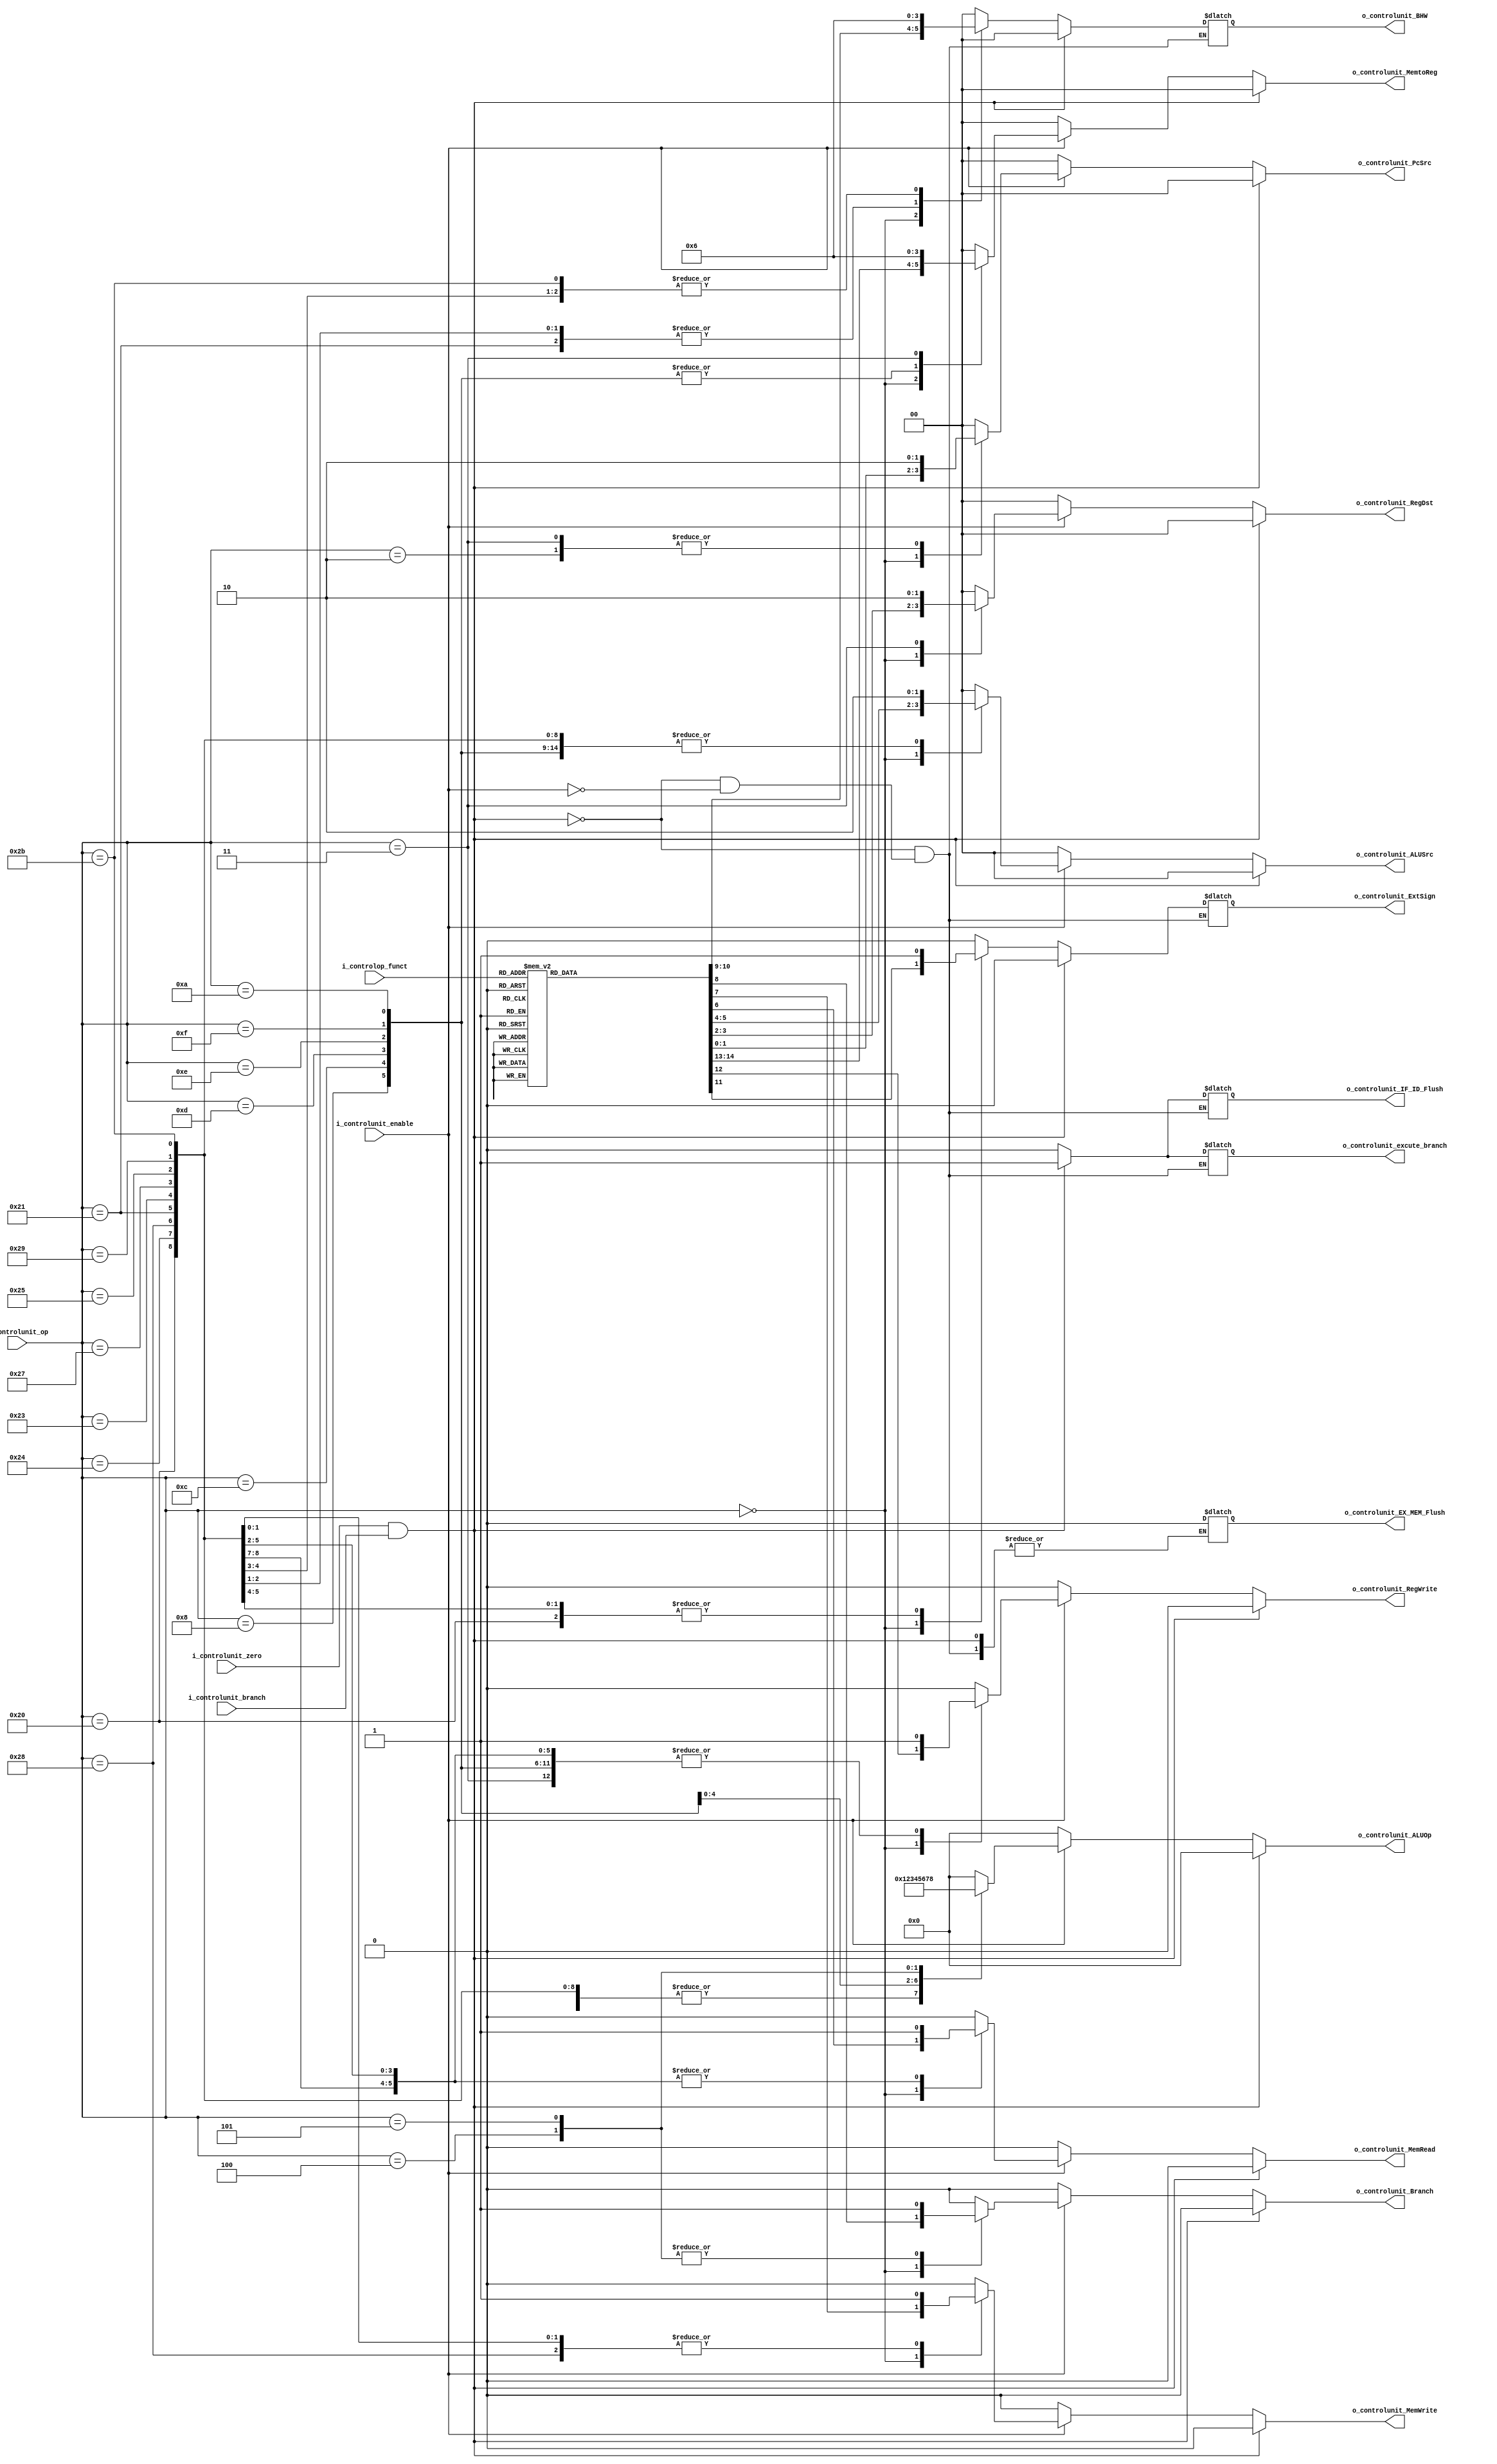
`timescale 1ns / 1ps

module Unidad_control #(

    parameter   NB_OP    =   6,
    parameter   NB_FUNCTION  =   6,
    parameter   NB_ALUOP     =   4,

    //ALUOp para los diferentes tipos de instrucciones
    parameter   R_TYPE_ALUOP          =   4'b0000,
    parameter   LOAD_STORE_ADDI_ALUOP =   4'b0001,
    parameter   ANDI_ALUOP            =   4'b0010,
    parameter   ORI_ALUOP             =   4'b0011,
    parameter   XORI_ALUOP            =   4'b0100,
    parameter   LUI_ALUOP             =   4'b0101,
    parameter   SLTI_ALUOP            =   4'b0110,
    parameter   BEQ_ALUOP             =   4'b0111,
    parameter   BNE_ALUOP             =   4'b1000,

    //OPcodes de las instrucciones
    parameter   R_TYPE_OPCODE    =   6'b000000,
    parameter   LB_OPCODE        =   6'b100000,
    parameter   LH_OPCODE        =   6'b100001,
    parameter   LW_OPCODE        =   6'b100011,
    parameter   LWU_OPCODE       =   6'b100111,
    parameter   LBU_OPCODE       =   6'b100100,
    parameter   LHU_OPCODE       =   6'b100101,
    parameter   SB_OPCODE        =   6'b101000,
    parameter   SH_OPCODE        =   6'b101001,
    parameter   SW_OPCODE        =   6'b101011,
    parameter   ADDI_OPCODE      =   6'b001000,
    parameter   ANDI_OPCODE      =   6'b001100,   
    parameter   ORI_OPCODE       =   6'b001101,    
    parameter   XORI_OPCODE      =   6'b001110,    
    parameter   LUI_OPCODE       =   6'b001111,   
    parameter   SLTI_OPCODE      =   6'b001010,    
    parameter   BEQ_OPCODE       =   6'b000100,        
    parameter   BNE_OPCODE       =   6'b000101,
    parameter   J_OPCODE         =   6'b000010,  
    parameter   JAL_OPCODE       =   6'b000011,   

    //Campo funct de las isntrucciones tipo R
    parameter   SLL_FUNC =  6'b000000,
    parameter   SRL_FUNC =  6'b000010,
    parameter   SRA_FUNC =  6'b000011,
    parameter   ADDU_FUNC =  6'b100001,
    parameter   SUBU_FUNC =  6'b100011,
    parameter   AND_FUNC =  6'b100100,
    parameter   OR_FUNC  =  6'b100101,
    parameter   XOR_FUNC =  6'b100110,
    parameter   NOR_FUNC =  6'b100111,
    parameter   SLT_FUNC =  6'b101010,
    parameter   SLLV_FUNC = 6'b000100,
    parameter   SRLV_FUNC = 6'b000110,
    parameter   SRAV_FUNC = 6'b000111,
    parameter   JALR_FUNC = 6'b001001,
    parameter   JR_FUNC   = 6'b001000
) (
    
    input                   i_controlunit_enable,
    input                   i_controlunit_zero, i_controlunit_branch, // Seales desde EX/MEM, si salida de la alu fie 0 y si era una instruccion de branch
    input [NB_OP-1:0]       i_controlunit_op,
    input [NB_FUNCTION-1:0]  i_controlop_funct,
   
    //Seales de control para las diferentes etapas
    //IF
    output reg [1:0]            o_controlunit_PcSrc,    //especifica que entrada del mux sera el nuevo PC
    //EX
    output reg [1:0]            o_controlunit_RegDst,   //especifica cual es el indentificador del registro destino (00->rt,01->rd,10->GPR31)
    output reg [1:0]            o_controlunit_ALUSrc,   //ALUSrc[0] especifica cual es el primer operando de la ALU (0->rs, 1->rt)
                                                    //ALUSrc[1]especifica cual es el segundo operando de la ALU (0->rt, 1->campo inmediato (offset))
    output reg [NB_ALUOP-1:0]   o_controlunit_ALUOp,    
    //MEM
    output reg                 o_controlunit_MemRead,  //habilita la lectura de memoria
    output reg                 o_controlunit_MemWrite, //habilita la escritura de memoria
    output reg                 o_controlunit_Branch,   //especifica si la instruccion es un branch o no
    output reg [1:0]           o_controlunit_BHW,              //Seal de control que indica el tamao del direccioonamiento (00->byte, 01->halfword, 10->word) 
    output reg                 o_controlunit_ExtSign,          //Seal de control que indica si extender el signo del dato leido o no
    //WB
    output reg                 o_controlunit_RegWrite, //habilita o no la escritura en el banco de registros
    output reg [1:0]            o_controlunit_MemtoReg, //especifica cual es la fuente al escribir en registros (00->ALU,01->memoria,10->ret addr)

    //Seales de Flush para los regsitros de segmentacion en caso de branch
    output  reg             o_controlunit_IF_ID_Flush,
    output  reg             o_controlunit_EX_MEM_Flush,
    output  reg             o_controlunit_excute_branch
    
);

//Seal que indica que se debe ejecutar un branch, salida de la alu en 0 y la instruccion era un branch
wire control_unit_ID_Flush = i_controlunit_zero & i_controlunit_branch;

//Generacion de las seales de control
always@(*)
begin
    //Si se ejecuto un branch, flush sobre las seales de IF/ID, ID,EX y EX/MEM y ejecuta el salto
    if(control_unit_ID_Flush)
    begin
        o_controlunit_IF_ID_Flush = 1'b1;
        //o_controlunit_EX_MEM_Flush = 1'b1;    //Evita la ejecucion de la instruccion Branch+4

        o_controlunit_PcSrc = 2'b00;           
        o_controlunit_excute_branch = 1'b1;     //IF (PC <= PC + offset + 1) (segunda entrada del mux)
        
        //equivale a ID_EX flush
        o_controlunit_RegDst = 2'b00;
        o_controlunit_ALUSrc = 2'b00; 
        o_controlunit_ALUOp = R_TYPE_ALUOP; 

        o_controlunit_MemRead =  1'b0;
        o_controlunit_MemWrite =  1'b0;
        o_controlunit_Branch =   1'b0;
        o_controlunit_BHW = 2'b00;
        o_controlunit_ExtSign = 1'b0;
        
        o_controlunit_RegWrite =  1'b0;
        o_controlunit_MemtoReg =  2'b00;

    end
 
    else if(i_controlunit_enable)
    begin

        o_controlunit_IF_ID_Flush = 1'b0;
        o_controlunit_EX_MEM_Flush = 1'b0;
        o_controlunit_excute_branch = 1'b0;

        case(i_controlunit_op)
            R_TYPE_OPCODE:
            begin        
                o_controlunit_ALUOp = R_TYPE_ALUOP; 
                
                case(i_controlop_funct)
                    SLL_FUNC, SRL_FUNC, SRA_FUNC:
                    begin
                        o_controlunit_PcSrc = 2'b00;           
                
                        o_controlunit_RegDst = 2'b01;
                        o_controlunit_ALUSrc = 2'b11; 

                        o_controlunit_MemRead =  1'b0;
                        o_controlunit_MemWrite =  1'b0;
                        o_controlunit_Branch =   1'b0;
                        o_controlunit_BHW = 2'b00;  //no se usa
                        o_controlunit_ExtSign = 1'b0;//no se usa
                        
                        o_controlunit_RegWrite =  1'b1;
                        o_controlunit_MemtoReg =  2'b01; 
                    end
                    SLLV_FUNC, SRLV_FUNC, SRAV_FUNC, ADDU_FUNC, SUBU_FUNC, AND_FUNC, OR_FUNC, XOR_FUNC, NOR_FUNC, SLT_FUNC:
                    begin
                        o_controlunit_PcSrc = 2'b00;           
                
                        o_controlunit_RegDst = 2'b01;
                        o_controlunit_ALUSrc = 2'b00; 

                        o_controlunit_MemRead =  1'b0;
                        o_controlunit_MemWrite =  1'b0;
                        o_controlunit_Branch =   1'b0;
                        o_controlunit_BHW = 2'b00;//no se usa
                        o_controlunit_ExtSign = 1'b0;//no se usa
                        
                        o_controlunit_RegWrite =  1'b1;
                        o_controlunit_MemtoReg =  2'b01;                         
                    end
                    JR_FUNC:
                    begin
                        o_controlunit_PcSrc = 2'b11;           
                
                        o_controlunit_RegDst = 2'b00; //no se usa
                        o_controlunit_ALUSrc = 2'b00;  //no se usa

                        o_controlunit_MemRead =  1'b0;
                        o_controlunit_MemWrite =  1'b0;
                        o_controlunit_Branch =   1'b0;
                        o_controlunit_BHW = 2'b00;//no se usa
                        o_controlunit_ExtSign = 1'b0;//no se usa
                        
                        o_controlunit_RegWrite =  1'b0;
                        o_controlunit_MemtoReg =  2'b00; //no se usa
                    end
                    JALR_FUNC:
                    begin
                        o_controlunit_PcSrc = 2'b11;           
                
                        o_controlunit_RegDst = 2'b01; 
                        o_controlunit_ALUSrc = 2'b00;  //no se usa

                        o_controlunit_MemRead =  1'b0;
                        o_controlunit_MemWrite =  1'b0;
                        o_controlunit_Branch =   1'b0;
                        o_controlunit_BHW = 2'b00;//no se usa
                        o_controlunit_ExtSign = 1'b0;//no se usa
                        
                        o_controlunit_RegWrite =  1'b1;
                        o_controlunit_MemtoReg =  2'b10; 
                    end
                    default:
                    begin
                        o_controlunit_PcSrc = 2'b00;           
                
                        o_controlunit_RegDst = 2'b00; 
                        o_controlunit_ALUSrc = 2'b00;

                        o_controlunit_MemRead =  1'b0;
                        o_controlunit_MemWrite =  1'b0;
                        o_controlunit_Branch =   1'b0;
                        o_controlunit_BHW = 2'b00;
                        o_controlunit_ExtSign = 1'b0;
                        
                        o_controlunit_RegWrite =  1'b0;
                        o_controlunit_MemtoReg =  2'b00;   
                    end
                endcase
            end
            //TIPO I
            LB_OPCODE:
            begin
                o_controlunit_PcSrc = 2'b00;           
                
                o_controlunit_RegDst = 2'b00;
                o_controlunit_ALUSrc = 2'b10; 
                o_controlunit_ALUOp = LOAD_STORE_ADDI_ALUOP; 

                o_controlunit_MemRead =  1'b1;
                o_controlunit_MemWrite =  1'b0;
                o_controlunit_Branch =   1'b0;
                o_controlunit_BHW = 2'b00;
                o_controlunit_ExtSign = 1'b1;
                
                o_controlunit_RegWrite =  1'b1;
                o_controlunit_MemtoReg =  2'b00;
            end
            LH_OPCODE:
            begin
                o_controlunit_PcSrc = 2'b00;           
                
                o_controlunit_RegDst = 2'b00;
                o_controlunit_ALUSrc = 2'b10; 
                o_controlunit_ALUOp = LOAD_STORE_ADDI_ALUOP; 

                o_controlunit_MemRead =  1'b1;
                o_controlunit_MemWrite =  1'b0;
                o_controlunit_Branch =   1'b0;
                o_controlunit_BHW = 2'b01;
                o_controlunit_ExtSign = 1'b1;
                
                o_controlunit_RegWrite =  1'b1;
                o_controlunit_MemtoReg =  2'b00;
            end 
            LW_OPCODE:
            begin
                o_controlunit_PcSrc = 2'b00;           
                
                o_controlunit_RegDst = 2'b00;
                o_controlunit_ALUSrc = 2'b10; 
                o_controlunit_ALUOp = LOAD_STORE_ADDI_ALUOP; 

                o_controlunit_MemRead =  1'b1;
                o_controlunit_MemWrite =  1'b0;
                o_controlunit_Branch =   1'b0;
                o_controlunit_BHW = 2'b10;
                o_controlunit_ExtSign = 1'b1;
                
                o_controlunit_RegWrite =  1'b1;
                o_controlunit_MemtoReg =  2'b00;
            end 
            LWU_OPCODE:
            begin
                o_controlunit_PcSrc = 2'b00;           
                
                o_controlunit_RegDst = 2'b00;
                o_controlunit_ALUSrc = 2'b10; 
                o_controlunit_ALUOp = LOAD_STORE_ADDI_ALUOP; 

                o_controlunit_MemRead =  1'b1;
                o_controlunit_MemWrite =  1'b0;
                o_controlunit_Branch =   1'b0;
                o_controlunit_BHW = 2'b10;
                o_controlunit_ExtSign = 1'b0;
                
                o_controlunit_RegWrite =  1'b1;
                o_controlunit_MemtoReg =  2'b00;
            end 
            LBU_OPCODE:
            begin
                o_controlunit_PcSrc = 2'b00;           
                
                o_controlunit_RegDst = 2'b00;
                o_controlunit_ALUSrc = 2'b10; 
                o_controlunit_ALUOp = LOAD_STORE_ADDI_ALUOP; 

                o_controlunit_MemRead =  1'b1;
                o_controlunit_MemWrite =  1'b0;
                o_controlunit_Branch =   1'b0;
                o_controlunit_BHW = 2'b00;
                o_controlunit_ExtSign = 1'b0;
                
                o_controlunit_RegWrite =  1'b1;
                o_controlunit_MemtoReg =  2'b00;
            end
            LHU_OPCODE:
            begin
                o_controlunit_PcSrc = 2'b00;           
                
                o_controlunit_RegDst = 2'b00;
                o_controlunit_ALUSrc = 2'b10; 
                o_controlunit_ALUOp = LOAD_STORE_ADDI_ALUOP; 

                o_controlunit_MemRead =  1'b1;
                o_controlunit_MemWrite =  1'b0;
                o_controlunit_Branch =   1'b0;
                o_controlunit_BHW = 2'b01;
                o_controlunit_ExtSign = 1'b0;
                
                o_controlunit_RegWrite =  1'b1;
                o_controlunit_MemtoReg =  2'b00;
            end
            SB_OPCODE:
            begin
                o_controlunit_PcSrc = 2'b00;           
                
                o_controlunit_RegDst = 2'b00; //no se usa
                o_controlunit_ALUSrc = 2'b10; 
                o_controlunit_ALUOp = LOAD_STORE_ADDI_ALUOP; 

                o_controlunit_MemRead =  1'b0;
                o_controlunit_MemWrite =  1'b1;
                o_controlunit_Branch =   1'b0;
                o_controlunit_BHW = 2'b00;
                o_controlunit_ExtSign = 1'b0;//no se usa
                
                o_controlunit_RegWrite =  1'b0;
                o_controlunit_MemtoReg =  2'b00;  //no se usa
            end
            SH_OPCODE:
            begin
                o_controlunit_PcSrc = 2'b00;           
                
                o_controlunit_RegDst = 2'b00; //no se usa
                o_controlunit_ALUSrc = 2'b10; 
                o_controlunit_ALUOp = LOAD_STORE_ADDI_ALUOP; 

                o_controlunit_MemRead =  1'b0;
                o_controlunit_MemWrite =  1'b1;
                o_controlunit_Branch =   1'b0;
                o_controlunit_BHW = 2'b01;
                o_controlunit_ExtSign = 1'b0;//no se usa
                
                o_controlunit_RegWrite =  1'b0;
                o_controlunit_MemtoReg =  2'b00;  //no se usa
            end 
            SW_OPCODE:
            begin
                o_controlunit_PcSrc = 2'b00;           
                
                o_controlunit_RegDst = 2'b00; //no se usa
                o_controlunit_ALUSrc = 2'b10; 
                o_controlunit_ALUOp = LOAD_STORE_ADDI_ALUOP; 

                o_controlunit_MemRead =  1'b0;
                o_controlunit_MemWrite =  1'b1;
                o_controlunit_Branch =   1'b0;
                o_controlunit_BHW = 2'b10;
                o_controlunit_ExtSign = 1'b0;//no se usa
                
                o_controlunit_RegWrite =  1'b0;
                o_controlunit_MemtoReg =  2'b00;  //no se usa
            end
            ADDI_OPCODE:
            begin
                o_controlunit_PcSrc = 2'b00;           
                
                o_controlunit_RegDst = 2'b00;  
                o_controlunit_ALUSrc = 2'b10;   
                o_controlunit_ALUOp = LOAD_STORE_ADDI_ALUOP;

                o_controlunit_MemRead =  1'b0;
                o_controlunit_MemWrite =  1'b0;
                o_controlunit_Branch =   1'b0;
                o_controlunit_BHW = 2'b00;      //no se usa
                o_controlunit_ExtSign = 1'b0;   //no se usa
                
                o_controlunit_RegWrite =  1'b1;
                o_controlunit_MemtoReg =  2'b01;
            end
            ANDI_OPCODE:
            begin
                o_controlunit_PcSrc = 2'b00;           
                
                o_controlunit_RegDst = 2'b00;  
                o_controlunit_ALUSrc = 2'b10;   
                o_controlunit_ALUOp = ANDI_ALUOP;

                o_controlunit_MemRead =  1'b0;
                o_controlunit_MemWrite =  1'b0;
                o_controlunit_Branch =   1'b0;
                o_controlunit_BHW = 2'b00;//no se usa
                o_controlunit_ExtSign = 1'b0;//no se usa
                
                o_controlunit_RegWrite =  1'b1;
                o_controlunit_MemtoReg =  2'b01;
            end
            ORI_OPCODE:
            begin
                o_controlunit_PcSrc = 2'b00;           
                
                o_controlunit_RegDst = 2'b00;  
                o_controlunit_ALUSrc = 2'b10;   
                o_controlunit_ALUOp = ORI_ALUOP;

                o_controlunit_MemRead =  1'b0;
                o_controlunit_MemWrite =  1'b0;
                o_controlunit_Branch =   1'b0;
                o_controlunit_BHW = 2'b00;//no se usa
                o_controlunit_ExtSign = 1'b0;//no se usa
                
                o_controlunit_RegWrite =  1'b1;
                o_controlunit_MemtoReg =  2'b01;
            end
            XORI_OPCODE:
            begin
                o_controlunit_PcSrc = 2'b00;           
                
                o_controlunit_RegDst = 2'b00;  
                o_controlunit_ALUSrc = 2'b10;   
                o_controlunit_ALUOp = XORI_ALUOP;

                o_controlunit_MemRead =  1'b0;
                o_controlunit_MemWrite =  1'b0;
                o_controlunit_Branch =   1'b0;
                o_controlunit_BHW = 2'b00;//no se usa
                o_controlunit_ExtSign = 1'b0;//no se usa
                
                o_controlunit_RegWrite =  1'b1;
                o_controlunit_MemtoReg =  2'b01;
            end
            LUI_OPCODE:
            begin
                o_controlunit_PcSrc = 2'b00;           
                
                o_controlunit_RegDst = 2'b00;  
                o_controlunit_ALUSrc = 2'b10;   
                o_controlunit_ALUOp = LUI_ALUOP;

                o_controlunit_MemRead =  1'b0;
                o_controlunit_MemWrite =  1'b0;
                o_controlunit_Branch =   1'b0;
                o_controlunit_BHW = 2'b00;//no se usa
                o_controlunit_ExtSign = 1'b0;//no se usa
                
                o_controlunit_RegWrite =  1'b1;
                o_controlunit_MemtoReg =  2'b01;
            end
            SLTI_OPCODE:
            begin
                o_controlunit_PcSrc = 2'b00;           
                
                o_controlunit_RegDst = 2'b00;  
                o_controlunit_ALUSrc = 2'b10;   
                o_controlunit_ALUOp = SLTI_ALUOP;

                o_controlunit_MemRead =  1'b0;
                o_controlunit_MemWrite =  1'b0;
                o_controlunit_Branch =   1'b0;
                o_controlunit_BHW = 2'b00;//no se usa
                o_controlunit_ExtSign = 1'b0;//no se usa
                
                o_controlunit_RegWrite =  1'b1;
                o_controlunit_MemtoReg =  2'b01;
            end
            BEQ_OPCODE:
            begin
                o_controlunit_PcSrc = 2'b00;           
                
                o_controlunit_RegDst = 2'b00;   //no se usa
                o_controlunit_ALUSrc = 2'b00;   
                o_controlunit_ALUOp = BEQ_ALUOP; 

                o_controlunit_MemRead =  1'b0;
                o_controlunit_MemWrite =  1'b0;
                o_controlunit_Branch =   1'b1;
                o_controlunit_BHW = 2'b00;//no se usa
                o_controlunit_ExtSign = 1'b0;//no se usa
                
                o_controlunit_RegWrite =  1'b0;
                o_controlunit_MemtoReg =  2'b00; //no se usa
            end
            BNE_OPCODE:
            begin
                o_controlunit_PcSrc = 2'b00;           
                
                o_controlunit_RegDst = 2'b00;   //no se usa
                o_controlunit_ALUSrc = 2'b00;   
                o_controlunit_ALUOp = BNE_ALUOP; 

                o_controlunit_MemRead =  1'b0;
                o_controlunit_MemWrite =  1'b0;
                o_controlunit_Branch =   1'b1;
                o_controlunit_BHW = 2'b00;//no se usa
                o_controlunit_ExtSign = 1'b0;//no se usa
                
                o_controlunit_RegWrite =  1'b0;
                o_controlunit_MemtoReg =  2'b00; //no se usa
            end
            J_OPCODE:
            begin
                o_controlunit_PcSrc = 2'b10;           
                
                o_controlunit_RegDst = 2'b00;   //no se usa
                o_controlunit_ALUSrc = 2'b00;   //no se usa
                o_controlunit_ALUOp = R_TYPE_ALUOP;  //no se usa

                o_controlunit_MemRead =  1'b0;
                o_controlunit_MemWrite =  1'b0;
                o_controlunit_Branch =   1'b0;
                o_controlunit_BHW = 2'b00;//no se usa
                o_controlunit_ExtSign = 1'b0;//no se usa
                
                o_controlunit_RegWrite =  1'b0;
                o_controlunit_MemtoReg =  2'b00; //no se usa
            end
            JAL_OPCODE:
            begin
                o_controlunit_PcSrc = 2'b10;           
                
                o_controlunit_RegDst = 2'b10;   
                o_controlunit_ALUSrc = 2'b00;   //no se usa
                o_controlunit_ALUOp = R_TYPE_ALUOP;  //no se usa

                o_controlunit_MemRead =  1'b0;
                o_controlunit_MemWrite =  1'b0;
                o_controlunit_Branch =   1'b0;
                o_controlunit_BHW = 2'b00;//no se usa
                o_controlunit_ExtSign = 1'b0;//no se usa
                
                o_controlunit_RegWrite =  1'b1;
                o_controlunit_MemtoReg =  2'b10; 
            end
            default:
            begin
                o_controlunit_PcSrc = 2'b00;           
                
                o_controlunit_RegDst = 2'b00;   
                o_controlunit_ALUSrc = 2'b00;   
                o_controlunit_ALUOp = R_TYPE_ALUOP;

                o_controlunit_MemRead =  1'b0;
                o_controlunit_MemWrite =  1'b0;
                o_controlunit_Branch =   1'b0;
                o_controlunit_BHW = 2'b00;
                o_controlunit_ExtSign = 1'b0;
                
                o_controlunit_RegWrite =  1'b0;
                o_controlunit_MemtoReg =  2'b00; 
            end
        endcase
    end
    else
    begin
        o_controlunit_PcSrc = 2'b00;           
        
        o_controlunit_RegDst = 2'b00;   
        o_controlunit_ALUSrc = 2'b00;   
        o_controlunit_ALUOp = R_TYPE_ALUOP;

        o_controlunit_MemRead =  1'b0;
        o_controlunit_MemWrite =  1'b0;
        o_controlunit_Branch =   1'b0;
        
        o_controlunit_RegWrite =  1'b0;
        o_controlunit_MemtoReg =  2'b00; 
    end
end  
endmodule